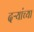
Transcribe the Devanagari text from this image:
दऱ्यांच्या